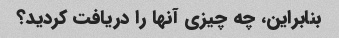
بنابراین، چه چیزی آنها را دریافت کردید؟